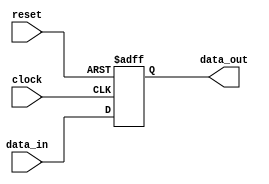
module Fallback_Bypass_Register (
    input wire [7:0] data_in,
    input wire clock,
    input wire reset,
    output reg [7:0] data_out
);

always @ (posedge clock or posedge reset) begin
    if (reset) begin
        data_out <= 8'b0;
    end else begin
        data_out <= data_in;
    end
end

endmodule